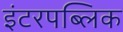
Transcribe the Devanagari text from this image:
इंटरपब्लिक